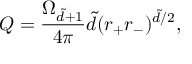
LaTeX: Q = \frac { \Omega _ { \tilde { d } + 1 } } { 4 \pi } \tilde { d } ( r _ { + } r _ { - } ) ^ { \tilde { d } / 2 } ,